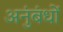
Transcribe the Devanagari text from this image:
अनुंबंधों